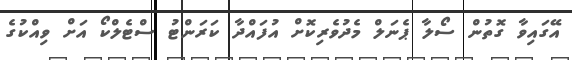
އޭގައިވާ ގޮތުން ސޯލާ ޕެނަލް މެދުވެރިކޮށް އުފައްދާ ކަރަންޓު ސްޓެލްކޯ އަށް ވިއްކުގެ